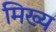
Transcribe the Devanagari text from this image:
मिख्य